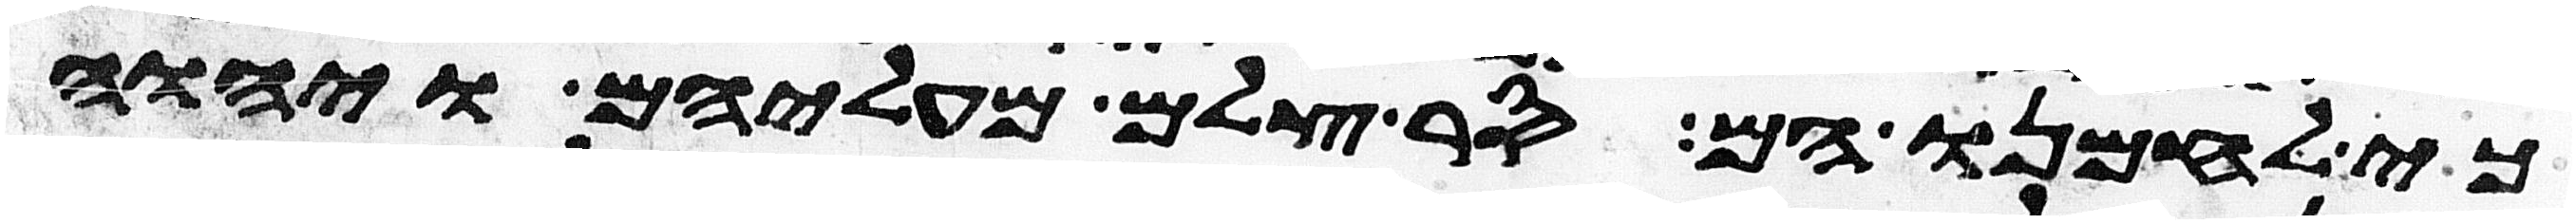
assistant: כי לחמנו הם סר צלם מעליהם ויהוה